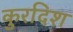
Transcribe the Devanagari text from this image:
कुरदिश